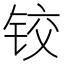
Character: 铰